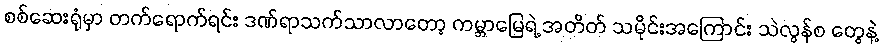
စစ်ဆေးရုံမှာ တက်ရောက်ရင်း ဒဏ်ရာသက်သာလာတော့ ကမ္ဘာမြေရဲ့ အတိတ် သမိုင်းအကြောင်း သဲလွန်စ တွေနဲ့